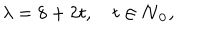
LaTeX: \lambda = 8 + 2 t , \quad t \in \bf { N } _ { 0 } ,